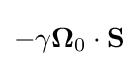
-\gamma \mathbf {\Omega } _{0}\cdot \mathbf {S}